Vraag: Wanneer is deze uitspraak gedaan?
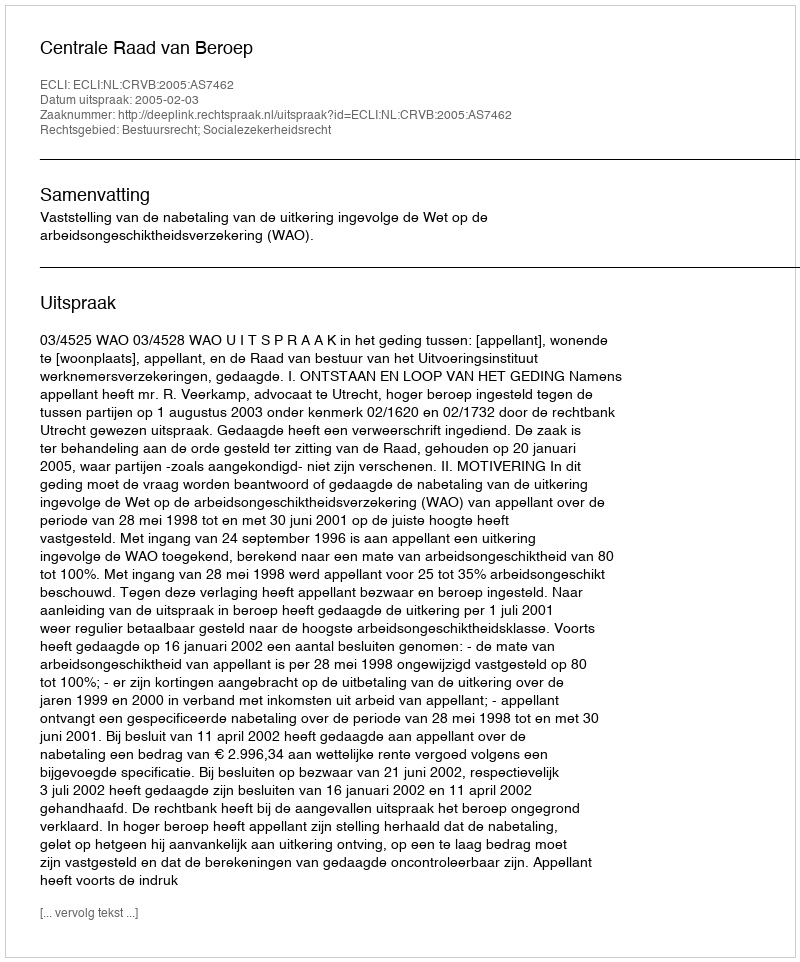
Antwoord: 2005-02-03